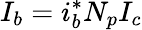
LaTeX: I_{b}=i_{b}^{*}N_{p}I_{c}